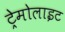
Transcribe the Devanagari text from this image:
ट्रेमोलाइट